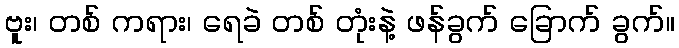
ဗူး၊ တစ် ကရား၊ ရေခဲ တစ် တုံးနဲ့ ဖန်ခွက် ခြောက် ခွက်။